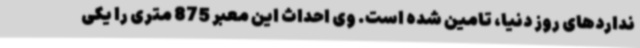
نداردهای روز دنیا، تامین شده است. وی احداث این معبر 875 متری را یکی